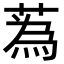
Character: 蒍